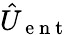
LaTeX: \hat{U}_{\mathrm{~e~n~t~}}